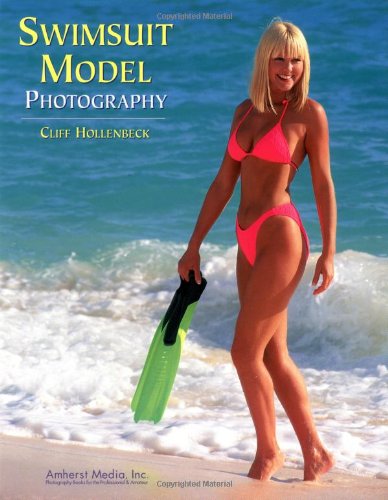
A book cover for Swimsuit Model Photography; Cliff Hollenbeck; Arts & Photography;